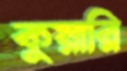
কুয়ারি